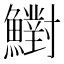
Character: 𩼷